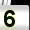
Digit: 5